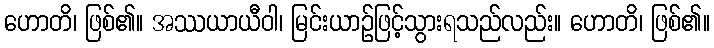
ဟောတိ၊ ဖြစ်၏။ အဿယာယီဝါ၊ မြင်းယာဉ်ဖြင့်သွားရသည်လည်း။ ဟောတိ၊ ဖြစ်၏။